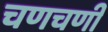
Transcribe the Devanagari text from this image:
चणचणी